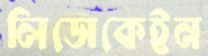
লিডোকেইন